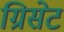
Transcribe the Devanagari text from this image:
ग्रिसेट